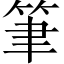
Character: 筆